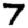
Digit: 7